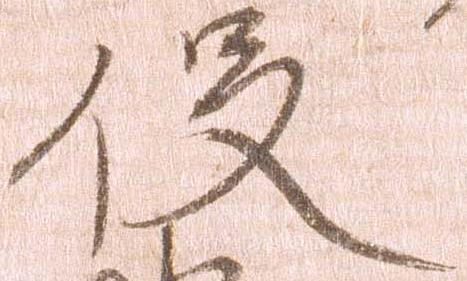
役